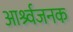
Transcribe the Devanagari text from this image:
आर्श्र्वजनक